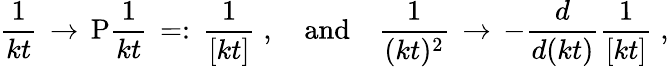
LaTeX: \frac{1}{kt}\, \to\, \mathrm{P}\frac{1}{kt}\, =:\, \frac{1}{[kt]}\; ,\quad\mathrm{and}\quad\frac{1}{(kt)^{2}}\, \to\, -\frac{d}{d(kt)}\frac{1}{[kt]}\; ,